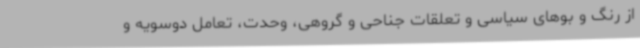
از رنگ و بوهای سیاسی و تعلقات جناحی و گروهی، وحدت، تعامل دوسویه و